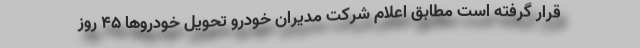
قرار گرفته است مطابق اعلام شرکت مدیران خودرو تحویل خودروها 45 روز